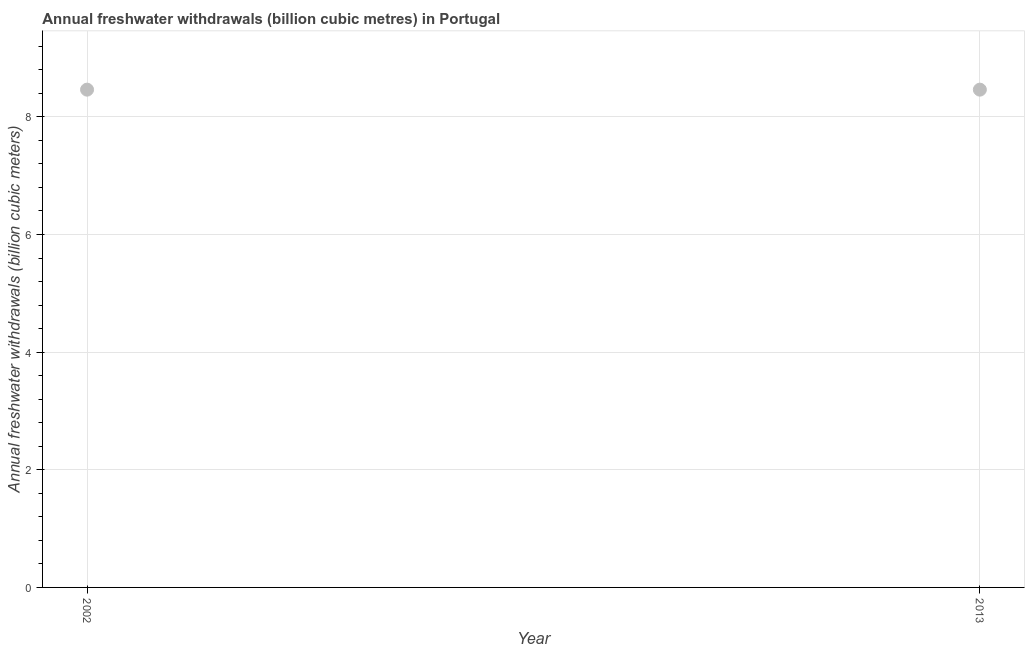
| Year | Annual freshwater withdrawals |
 | --- | --- |
 | 2002 | 8.46 |
 | 2013 | 8.46 |